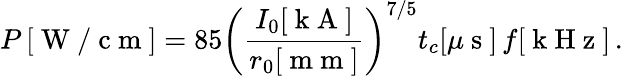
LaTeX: P\left[\mathrm{~W~/~c~m~}\right]=85\left(\frac{I_{0}[\mathrm{~k~A~}]}{r_{0}[\mathrm{~m~m~}]}\right)^{7/5}t_{c}[\mu\mathrm{~s~}]\, f[\mathrm{~k~H~z~}]\, .